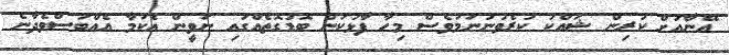
އޭނާއަށް ކުރިން ޝައްކު ކުރެވުނުނަމަވެސް މިހާ ފާޅުކަން ބޮޑުގޮތެއްގައި ނަވީން އެކަމާ އެއްބަސްވެދާނެ